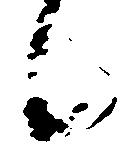
候